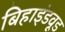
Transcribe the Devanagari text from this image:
बिहाइंडवूड